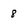
Character: 8